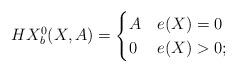
LaTeX: \begin{align*} HX_b^0(X,A)=\begin{cases} A & e(X)=0\\ 0 & e(X)>0; \end{cases}\end{align*}